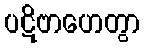
ပဋိဗာဟေတွာ